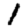
Digit: 1